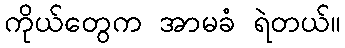
ကိုယ်တွေက အာမခံ ရဲတယ်။